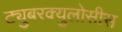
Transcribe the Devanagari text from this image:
ट्युबरक्युलोसीस